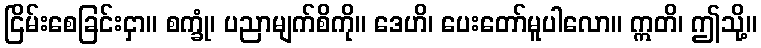
ငြိမ်းစေခြင်းငှာ။ စက္ခုံ၊ ပညာမျက်စိကို။ ဒေဟိ၊ ပေးတော်မူပါလော။ ဣတိ၊ ဤသို့။